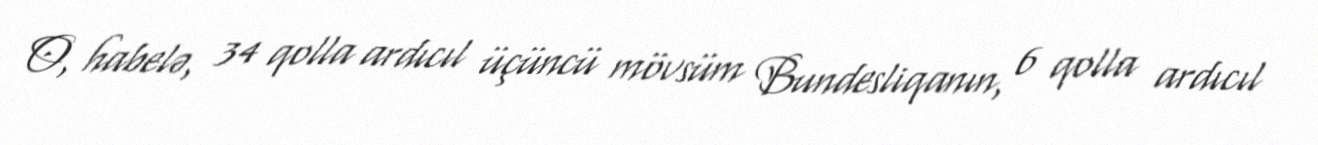
O, habelə, 34 qolla ardıcıl üçüncü mövsüm Bundesliqanın, 6 qolla ardıcıl